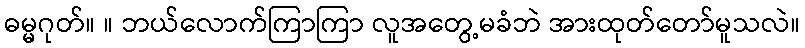
ဓမ္မဂုတ်။ ။ ဘယ်လောက်ကြာကြာ လူအတွေ့မခံဘဲ အားထုတ်တော်မူသလဲ။